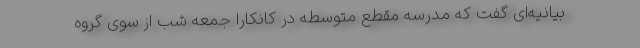
بیانیه‌ای گفت که مدرسه مقطع متوسطه در کانکارا جمعه شب از سوی گروه